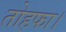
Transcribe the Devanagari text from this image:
तोहफा।